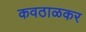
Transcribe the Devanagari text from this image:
कवठाळकर